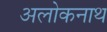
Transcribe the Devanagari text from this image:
अलोकनाथ